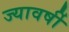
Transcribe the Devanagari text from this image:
ज्यावर्षी